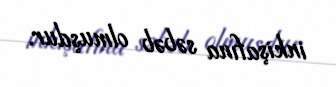
inkişafına səbəb olmuşdur.